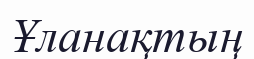
Ұланақтың